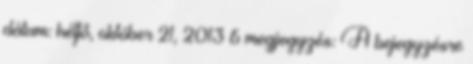
dátum: hétfő, október 21, 2013 6 megjegyzés: A bejegyzésre